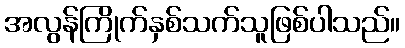
အလွန်ကြိုက်နှစ်သက်သူဖြစ်ပါသည်။